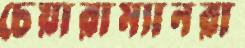
চেয়ারাম্যানরা